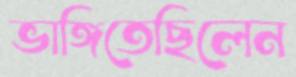
ভাঙ্গিতেছিলেন